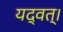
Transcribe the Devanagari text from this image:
यद्वत्।